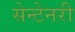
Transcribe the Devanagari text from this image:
सेन्टेनरी